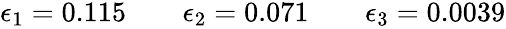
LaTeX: \begin{array}{r}{\epsilon_{1}=0.115\qquad\epsilon_{2}=0.071\qquad\epsilon_{3}=0.0039}\end{array}